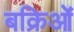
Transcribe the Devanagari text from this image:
बक्रिओं